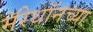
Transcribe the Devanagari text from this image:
मॅरेथॉनच्या